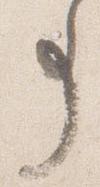
事